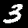
Digit: 3